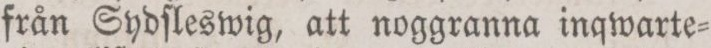
från Sydſleswig, att noggranna inqwarte=